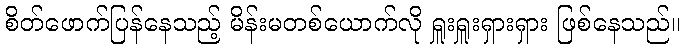
စိတ်ဖောက်ပြန်နေသည့် မိန်းမတစ်ယောက်လို ရှူးရှူးရှားရှား ဖြစ်နေသည်။